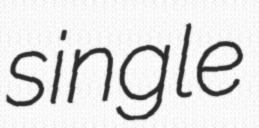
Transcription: single